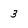
Character: 3